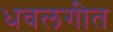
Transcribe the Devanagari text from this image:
धवलगीत